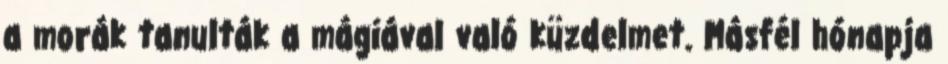
a morák tanulták a mágiával való küzdelmet. Másfél hónapja